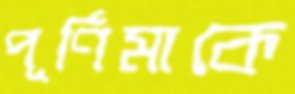
পূর্ণিমাকে